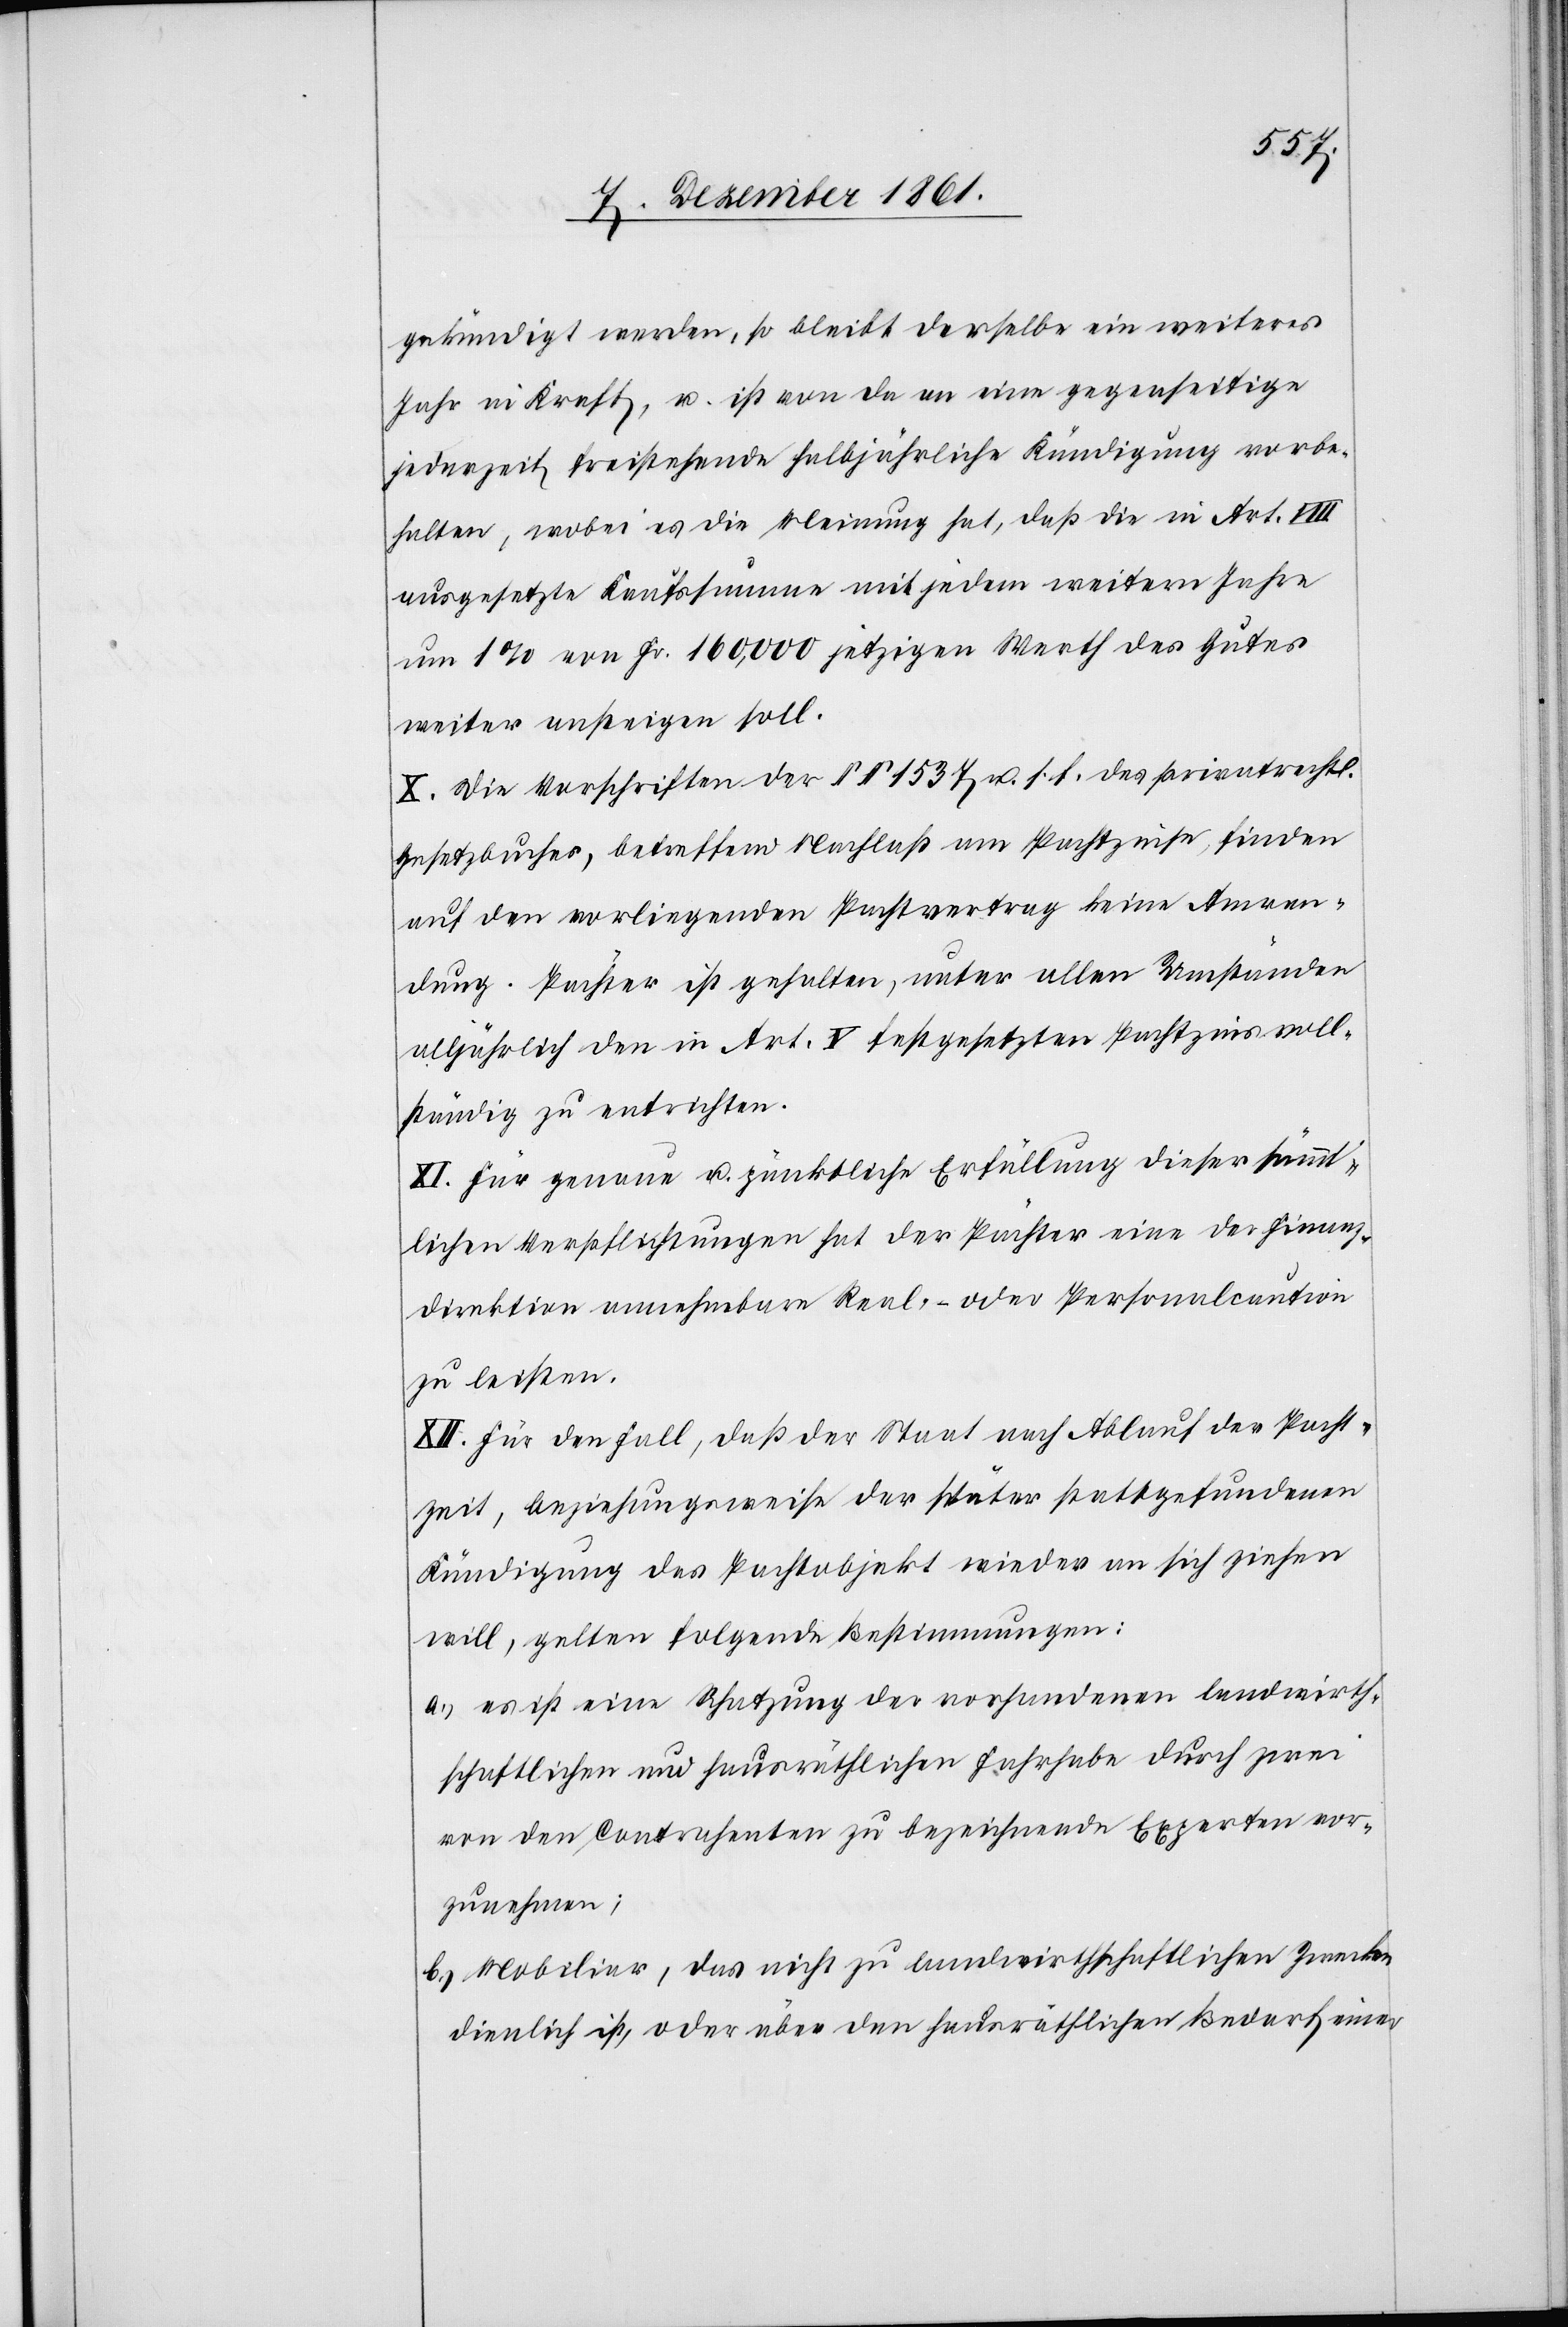
gekündigt werden, so bleibt derselbe ein weiteres
Jahr in Kraft, u. ist von da an eine gegenseitige
jederzeit freistehende halbjährliche Kündigung vorbe¬
halten, wobei es die Meinung hat, daß die in Art. VIII
ausgesetzte Kaufssumme mit jedem weitern Jahre
um 1% von Fr. 160,000 jetzigen Werth des Gutes
weiter steigen soll.
X. Die Vorschriften der §§ 1537 u. s. f. des privatrechtl.
Gesetzbuches, betreffend Nachlaß am Pachtzinse, finden
auf den vorliegenden Pachtvertrag keine Anwen¬
dung. Pächter ist gehalten, unter allen Umständen
alljährlich den in Art. V festgesetzten Pachtzins voll¬
ständig zu entrichten.
XI. Für genaue u. pünktliche Erfüllung dieser sämmt¬
lichen Verpflichtungen hat der Pächter eine der Finanz¬
direktion annehmbare Real- oder Personalcaution
zu leisten.
XII. Für den Fall, daß der Staat nach Ablauf der Pacht¬
zeit, beziehungsweise der später stattgefundenen
Kündigung das Pachtobjekt wieder an sich ziehen
will, gelten folgende Bestimmungen:
a.) es ist eine Schatzung der vorhandenen landwirth¬
schaftlichen und hausräthlichen Fahrhabe durch zwei
von den Contrahenten zu bezeichnende Experten vor¬
zunehmen.
b.) Mobiliar, das nicht zu landwirthschaftlichen Zwecken
dienlich ist, oder über den hausräthlichen Bedarf einer